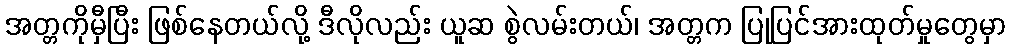
အတ္တကိုမှီပြီး ဖြစ်နေတယ်လို့ ဒီလိုလည်း ယူဆ စွဲလမ်းတယ်၊ အတ္တက ပြုပြင်အားထုတ်မှုတွေမှာ